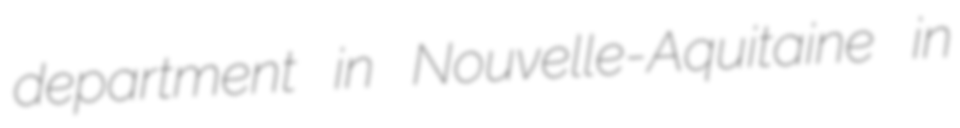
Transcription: department in Nouvelle-Aquitaine in